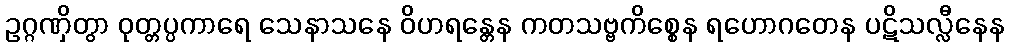
ဥဂ္ဂဏှိတွာ ဝုတ္တပ္ပကာရေ သေနာသနေ ဝိဟရန္တေန ကတသဗ္ဗကိစ္စေန ရဟောဂတေန ပဋိသလ္လီနေန